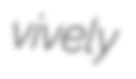
vively